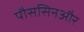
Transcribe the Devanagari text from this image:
पौससिनऔर